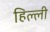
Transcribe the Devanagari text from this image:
हिल्ली